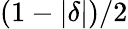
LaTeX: (1-|\delta|)/2